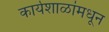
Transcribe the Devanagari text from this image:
कार्यशाळांमधून